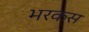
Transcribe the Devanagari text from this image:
भरकस